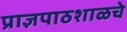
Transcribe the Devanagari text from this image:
प्राज्ञपाठशाळचे